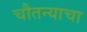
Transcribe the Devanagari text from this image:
चौतन्याचा